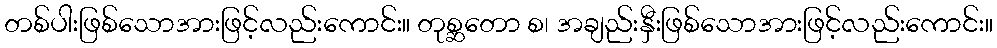
တစ်ပါးဖြစ်သောအားဖြင့်လည်းကောင်း။ တုစ္ဆတော စ၊ အချည်းနှီးဖြစ်သောအားဖြင့်လည်းကောင်း။